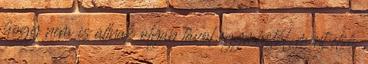
hogy nem is állnak olyan távol egymástól, mint első